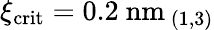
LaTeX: \xi_{\mathrm{crit}}=0.2\ \mathrm{nm}_{\ (1,3)}